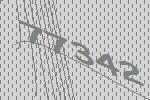
77342